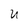
Character: U